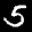
Label: 5